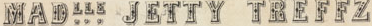
MADLLE JETTY TREFFZ